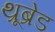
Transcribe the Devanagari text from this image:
थ्रूब्रेड